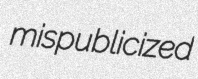
mispublicized